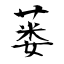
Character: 蒌